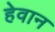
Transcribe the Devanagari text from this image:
हेवान